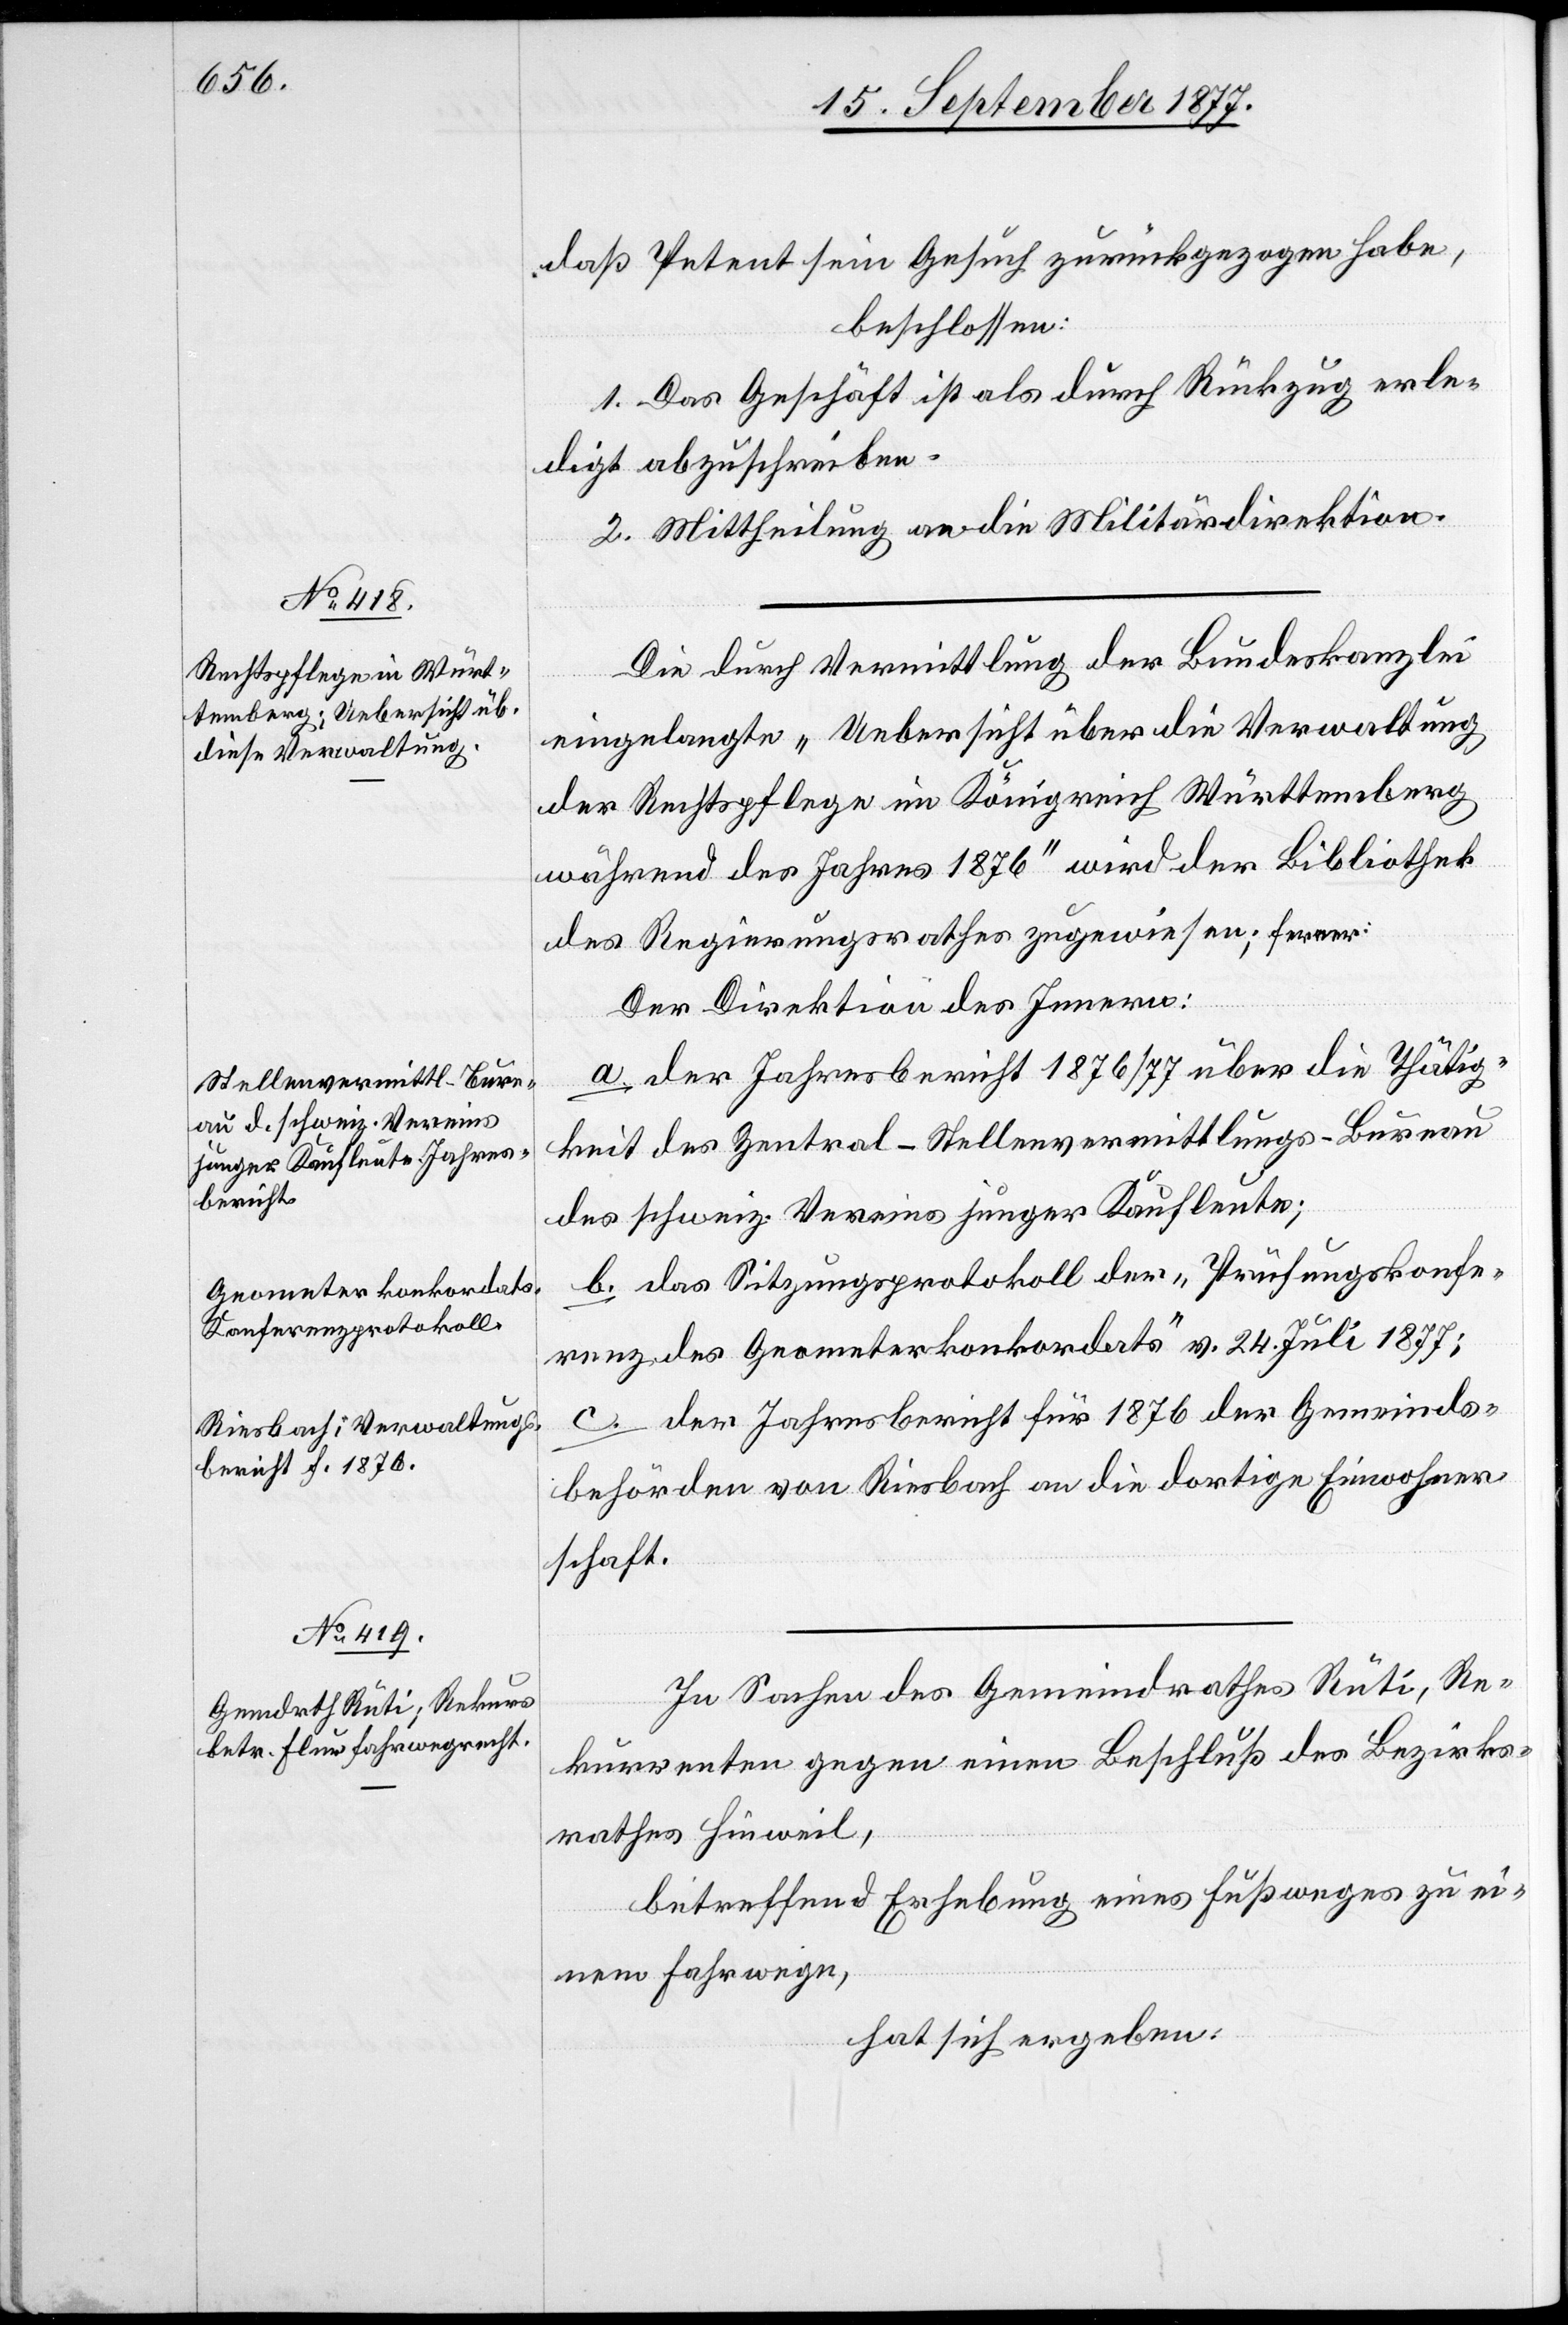
daß Petent sein Gesuch zurückgezogen habe,
beschlossen:
1. Das Geschäft ist als durch Rückzug erle¬
digt abzuschreiben.
2. Mittheilung an die Militärdirektion.
Die durch Vermittlung der Bundeskanzlei
eingelangte „Uebersicht über die Verwaltung
der Rechtspflege im Königreich Württemberg
während des Jahres 1876“ wird der Bibliothek
des Regierungsrathes zugewiesen; ferner:
Der Direktion des Innern:
a. der Jahresbericht 1876/77 über die Thätig¬
keit des Zentral-Stellenvermittlungs-Bureau
des schweiz. Vereins junger Kaufleute;
b. das Sitzungsprotokoll der „Prüfungskonfe¬
renz des Geometerkonkordats“ v. 24. Juli 1877;
c. der Jahresbericht für 1876 der Gemeinds¬
behörden von Riesbach an die dortige Einwohner¬
schaft.
In Sachen des Gemeindrathes Rüti, Re¬
kurrenten gegen einen Beschluß des Bezirks¬
rathes Hinweil,
betreffend Erhebung eines Fußweges zu ei¬
nem Fahrwege,
hat sich ergeben: